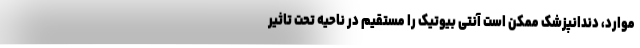
موارد، دندانپزشک ممکن است آنتی بیوتیک را مستقیم در ناحیه تحت تاثیر